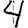
Digit: 4